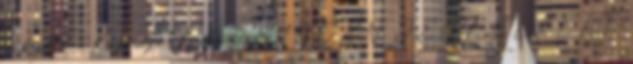
év kezdete a Közösségi Házban 0 MINDEN JEGY ELKELT